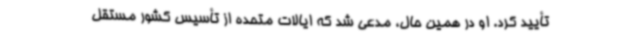
تأیید کرد. او در همین حال، مدعی شد که ایالات متحده از تأسیس کشور مستقل